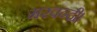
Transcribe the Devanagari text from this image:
मरवन्दी।